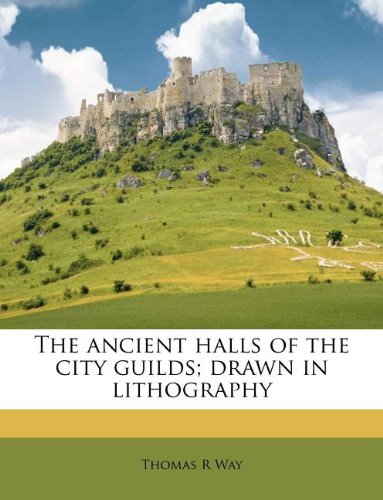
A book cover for The ancient halls of the city guilds; drawn in lithography; Thomas R Way; Arts & Photography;